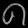
Digit: ၈